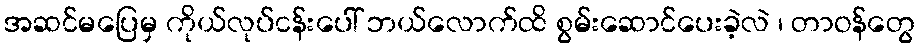
အဆင်မပြေမှ ကိုယ်လုပ်ငန်းပေါ် ဘယ်လောက်ထိ စွမ်းဆောင်ပေးခဲ့လဲ ၊ တာဝန်တွေ